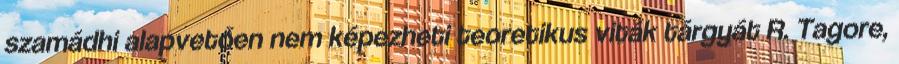
szamádhi alapvetően nem képezheti teoretikus viták tárgyát R. Tagore,